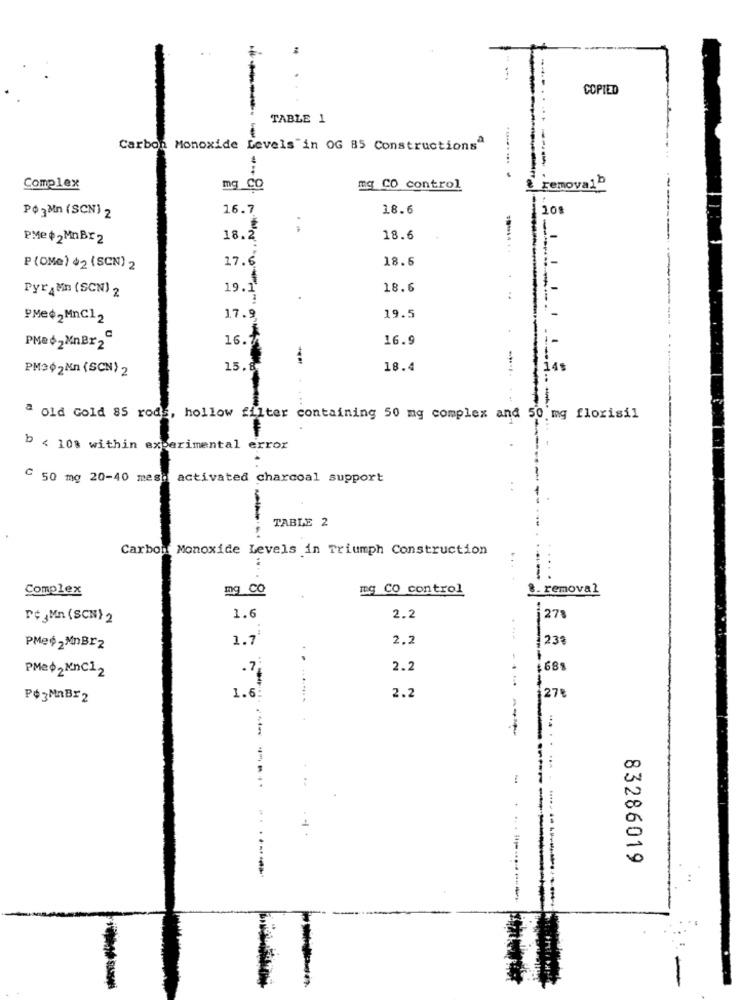
COPIED
TABLE 1
Carbon Monoxide Levels in OG 85 Constructions"
Complex
mg CO
mg CO control
removal
16.7
18.6
10%
Po-Mn (SCN) 2
PMe +2MnBr2
18.2
18.6
--------
17.6
18.6
P (OMe) $2 (SCN) 2
Pyr AMn (SCN) 2
19.1
18.6
PMe#2MnC12
17.9
19.5
PMe$2MinBr2℃
16.1
16.9
PM302Mn (SCN) 2
15.8
18.4
148
....
ª old Gold 85 rods, hollow filter containing 50 mg complex and 50 mg florisil
b < 10% within experimental error
C 50 mg 20-40 mesa activated charcoal support
TABLE 2
Carbon Monoxide Levels in Triumph Construction
Complex
mg CO
mg CO control
8. removal
rejMn (SCN) 2
1.6
2.2
278
...
1.7
2.2
123ª
PMed2MnBrz
2.2
688
PMeØ2 MnC12
-
Pó3MnBr2
1.6
2.2
27
83286019
-